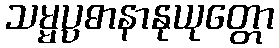
သမ္မပ္ပဓာနာနုယုတ္တော